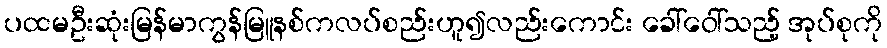
ပထမဦးဆုံးမြန်မာကွန်မြူနစ်ကလပ်စည်းဟူ၍လည်းကောင်း ခေါ်ဝေါ်သည့် အုပ်စုကို